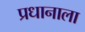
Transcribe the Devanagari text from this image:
प्रधानाला